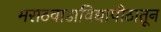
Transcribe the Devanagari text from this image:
मराठवाडाविद्यापीठातून